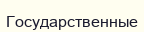
Государственные